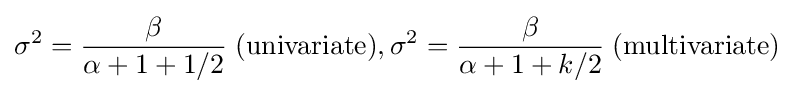
\sigma ^{2}={\frac {\beta }{\alpha +1+1/2}}\;{\textrm {(univariate)}},\sigma ^{2}={\frac {\beta }{\alpha +1+k/2}}\;{\textrm {(multivariate)}}